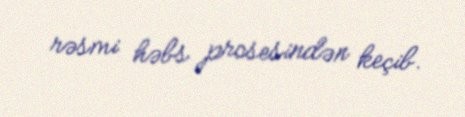
rəsmi həbs prosesindən keçib.